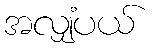
အလျှံပယ်